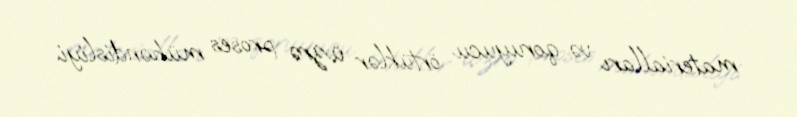
materialları və qoruyucu örtüklər üzrə proses mühəndisliyi.